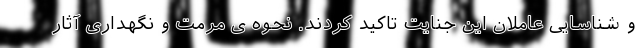
و شناسایی عاملان این جنایت تاکید کردند. نحوه ی مرمت و نگهداری آثار